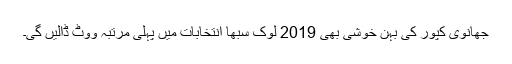
جھانوی کپور کی بہن خوشی بھی 2019 لوک سبھا انتخابات میں پہلی مرتبہ ووٹ ڈالیں گی۔